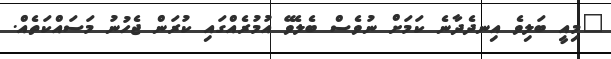
"މިއީ ބަލިވެ އިނދެދާނެ ކަމަށް ނުވެސް ބެލެވޭ އުމުރެއްގައި ކުރަން ޖެހުނު މަސައްކަތެއް.